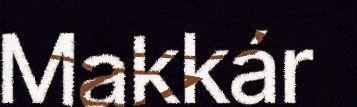
Makkár